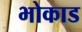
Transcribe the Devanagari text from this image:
भोकाड